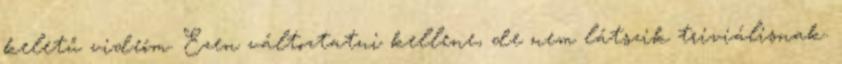
keletű videóm. Ezen változtatni kellene, de nem látszik triviálisnak.